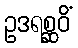
ဥဒရစ္ဆဝိံ